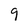
Character: q